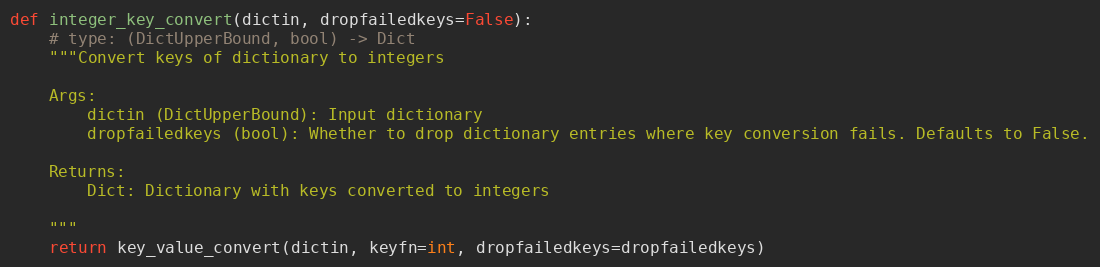
Language: Python
def integer_key_convert(dictin, dropfailedkeys=False):
    # type: (DictUpperBound, bool) -> Dict
    """Convert keys of dictionary to integers

    Args:
        dictin (DictUpperBound): Input dictionary
        dropfailedkeys (bool): Whether to drop dictionary entries where key conversion fails. Defaults to False.

    Returns:
        Dict: Dictionary with keys converted to integers

    """
    return key_value_convert(dictin, keyfn=int, dropfailedkeys=dropfailedkeys)